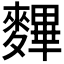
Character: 𪍪